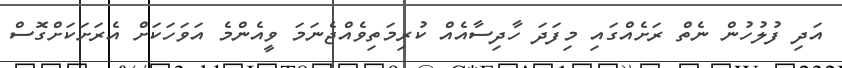
އަދި ފުލުހުން ނެތް ރަށެއްގައި މިފަދަ ހާދިސާއެއް ކުރިމަތިވެއްޖެނަމަ ވީއެންމެ އަވަހަކަށް އެރަށަކަށްގޮސް